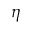
\eta